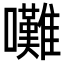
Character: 𡅧